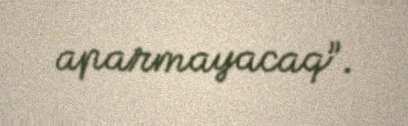
aparmayacaq”.